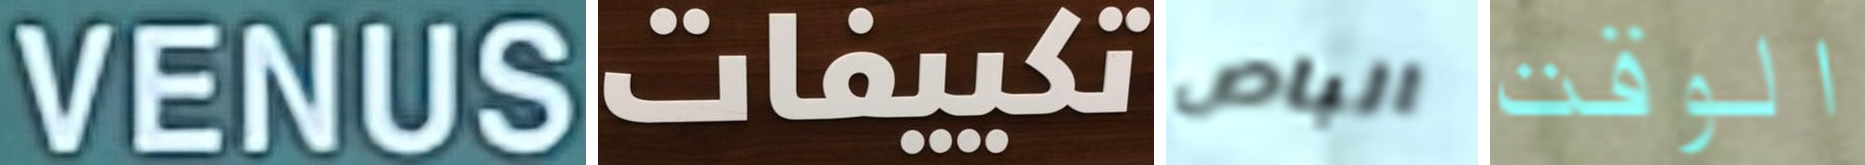
VENUS تكييفات الباص الوقت